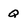
Character: Q